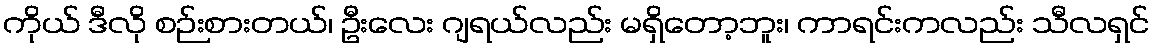
ကိုယ် ဒီလို စဉ်းစားတယ်၊ ဦးလေး ဂျရယ်လည်း မရှိတော့ဘူး၊ ကာရင်းကလည်း သီလရှင်